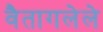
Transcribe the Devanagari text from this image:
वैतागलेले